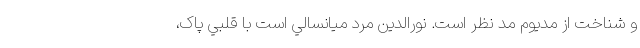
و شناخت از مدیوم مد نظر است. نورالدين مرد ميانسالي است با قلبي پاک،